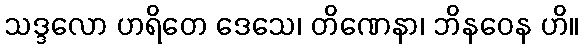
သဒ္ဒလော ဟရိတေ ဒေသေ၊ တိဏေနာ၊ ဘိနဝေန ဟိ။